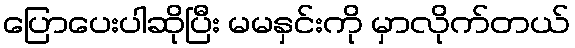
ပြောပေးပါဆိုပြီး မမနှင်းကို မှာလိုက်တယ်